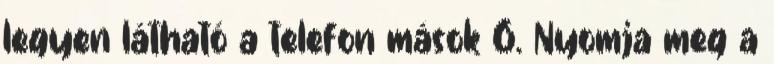
legyen látható a telefon mások 6. Nyomja meg a